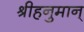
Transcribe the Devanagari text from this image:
श्रीहनुमान्